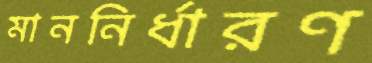
মাননির্ধারণ